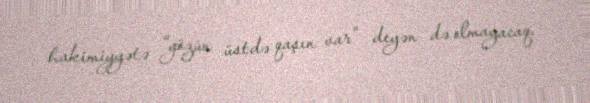
hakimiyyətə “gözün üstdə qaşın var” deyən də olmayacaq.